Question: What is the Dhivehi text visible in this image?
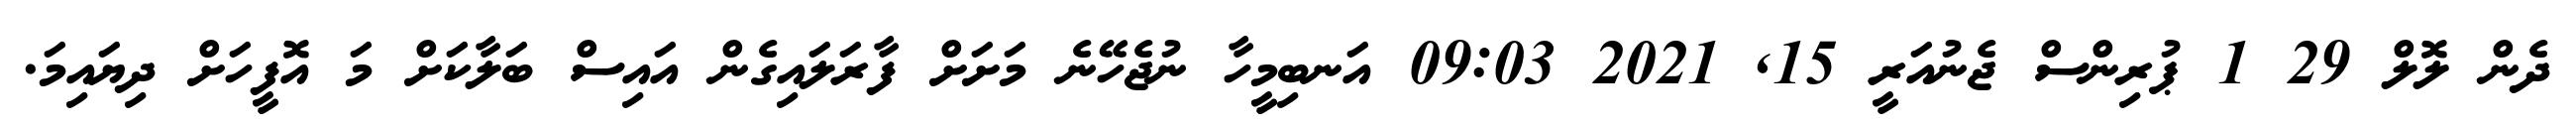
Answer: ދެން ލޮލް 29 1 ޕުރިންސް ޖެނުއަރީ 15, 2021 09:03 އަނބިމީހާ ނުޖެހޭނެ މަށަށް ފާރަލައިގެން އައިސް ބަލާކަށް މަ އޮފީހަށް ދިޔައިމަ.